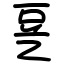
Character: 㐙